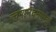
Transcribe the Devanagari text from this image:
त्वमानंदमयस्त्वं